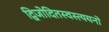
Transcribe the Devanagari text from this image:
द्विजोदितस्वस्त्ययनो